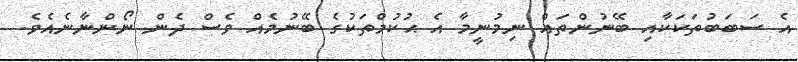
އެ ސަބަބުތަކަކާއި ބޭނުންތައް ނިމުނީމާ އެ ޙުކުމްތަކުގެ ބޭނުމެއް ވެސް ދެން ނޯންނާނެއެވެ.